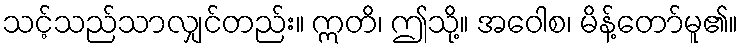
သင့်သည်သာလျှင်တည်း။ ဣတိ၊ ဤသို့။ အဝေါစ၊ မိန့်တော်မူ၏။